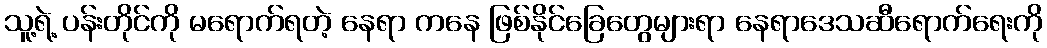
သူ့ရဲ့ ပန်းတိုင်ကို မရောက်ရတဲ့ နေရာ ကနေ ဖြစ်နိုင်ခြေတွေများရာ နေရာဒေသဆီရောက်ရေးကို